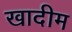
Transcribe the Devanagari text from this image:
खादीम